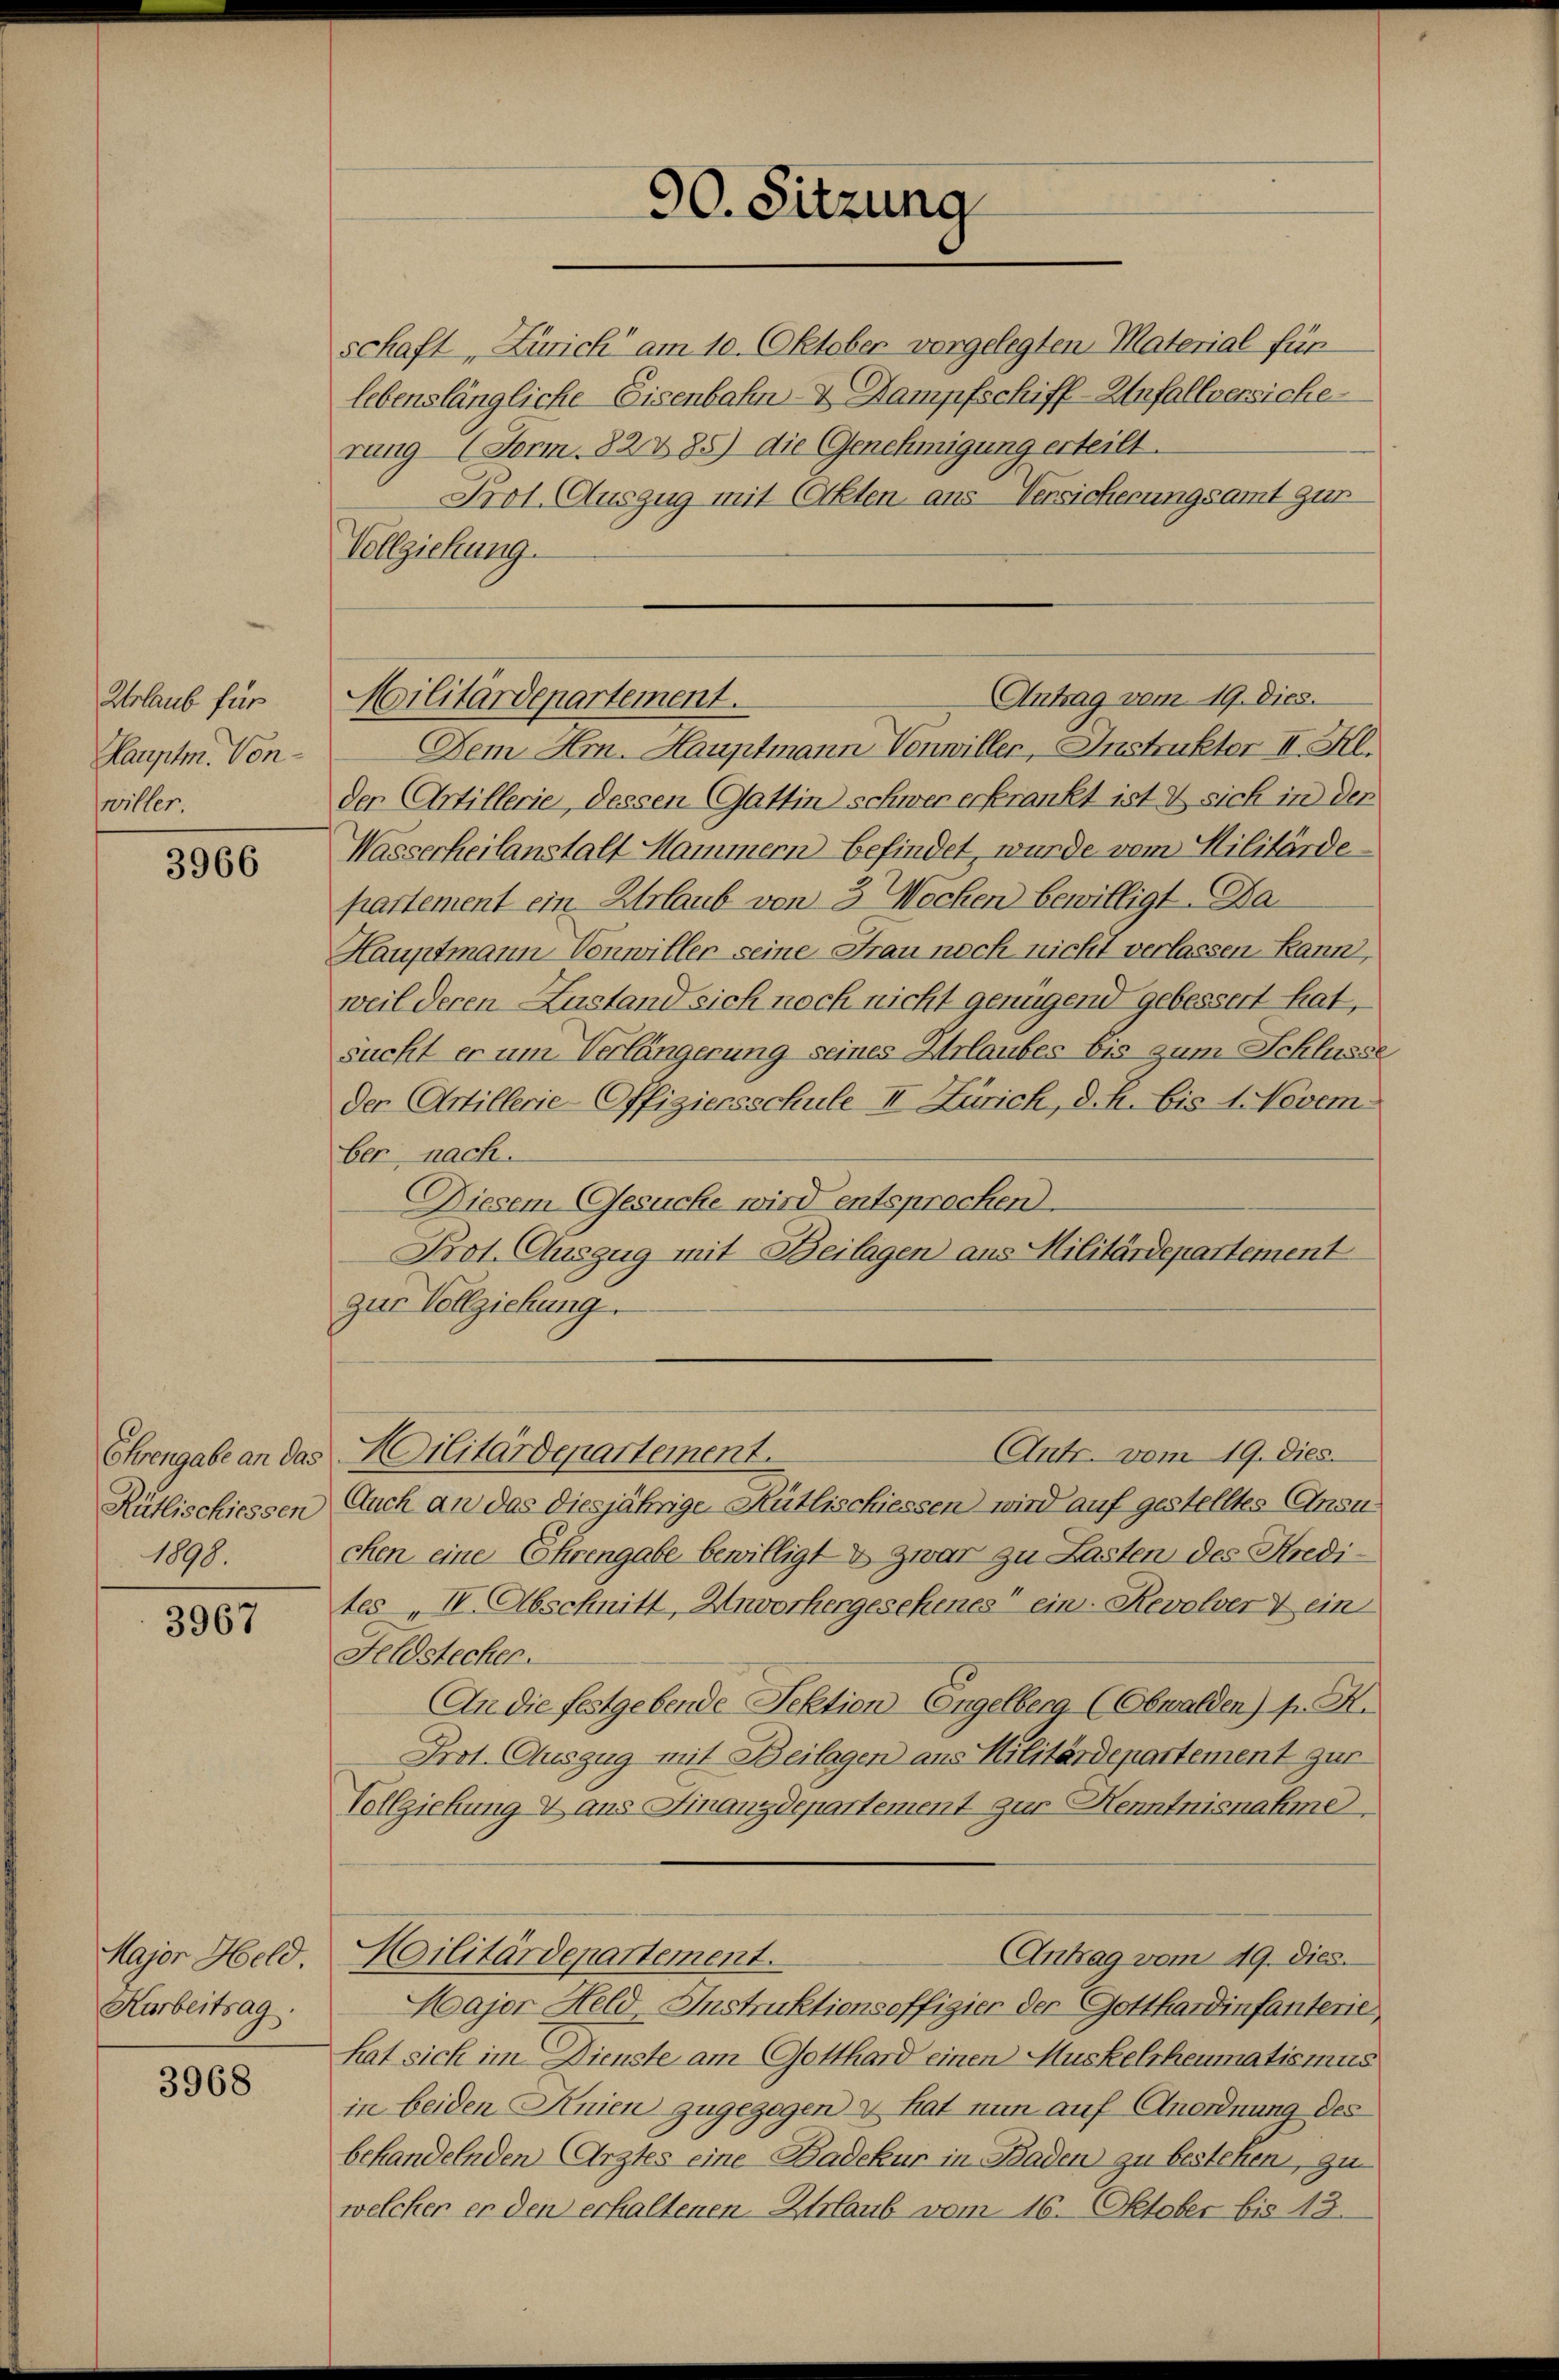
Urlaub für
Hauptm. Vonwiller.

3966

Ehrengabe an das
Rütlischiessen
1898.

3967

Major Held
Karbeitsag.

3968

schaft, Zürich am 10. Oktober vorgelegten Material für
lebenslängliche Eisenbahn- & Dampfschiff-Unfallversiche
rung (Form. 82785) die Genehmigung erteilt.
Prot. Auszug mit (Akten aus Versicherungsamt zur
Vollziehung.

90. Sitzung

Antrag vom 19. dies.
Militärdepartement.

Dem Hrn. Hauptmann Vonwiller, Instruktor II. Kl.
der Artillerie, dessen Gattin schwer erkrankt ist & sich in der
Wasserheilanstalt Hammern befindet, wurde vom Militärde
partement ein Urlaub von 3 Wochen bewilligt. Da¬
Hauptmann-Vonwiller seine Frau noch nicht verlassen kann,
weil deren Zustand sich noch nicht genügend gebessert hat,
sucht er um Verlängerung seines Urlaubes bis zum Schlüsse
Der Artillerie-Offiziersschule II Zürich, d. h. bis 1. Novem-
ber nach.
Diesem Gesuche wird entsprochen.
Prot. Auszug mit Beilagen aus Militärdepartement
zur Vollziehung.
Militärdepartement.
Ant. vom 19. Dies
Auch an das diesjährige Kütlischiessen wird auf gestelltes Ansu
chen eine Ehrengabe bewilligt & zwar zu Lasten des Kredites „ IV. Abschnitt, Hnworhergesehenes“ ein Revolver & ein
Feldstechen.
An die festgebende Sektion Engelberg (Obwalden) pr. K.
Prot. Auszug mit Beilagen aus Militärdepartement zur
Vollziehung V aus Finanzdepartement zur Henntnisnahme.
Militärdepartement.
Antrag vom 19. dies.
Major Held-Instruktionsoffigier der Gotthardinfanterie
hat sich im Dienste am Gotthard einen Muskelrheumatismus
in beiden Knien zugezogen & hat nun auf Anordnung des
behandelnden Arztes eine Badekur in Baden zu bestehen, zu
welcher er den erhaltenen Urlaub vom 16. Oktober bis 13.